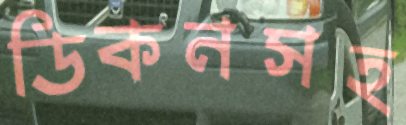
ডিকনসহ